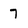
Character: 7